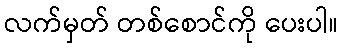
လက်မှတ် တစ်စောင်ကို ပေးပါ။